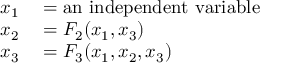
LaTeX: \begin{array} { r l } { x _ { \mathrm { 1 } } } & { { } = { \mathrm { a n ~ i n d e p e n d e n t ~ v a r i a b l e } } } \\ { x _ { \mathrm { 2 } } } & { { } = F _ { 2 } ( x _ { \mathrm { 1 } } , x _ { \mathrm { 3 } } ) } \\ { x _ { \mathrm { 3 } } } & { { } = F _ { 3 } ( x _ { \mathrm { 1 } } , x _ { \mathrm { 2 } } , x _ { \mathrm { 3 } } ) } \end{array}